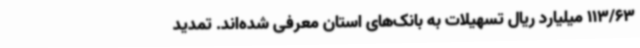
113/63 میلیارد ریال تسهیلات به بانک‌های استان معرفی شده‌اند. تمدید